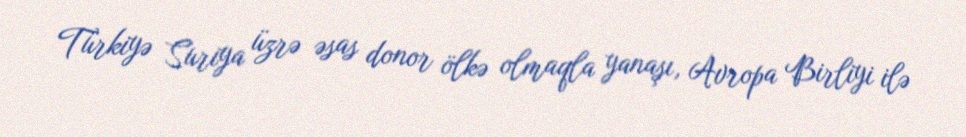
Türkiyə Suriya üzrə əsas donor ölkə olmaqla yanaşı, Avropa Birliyi ilə